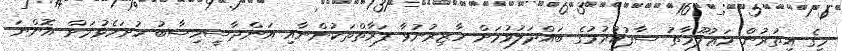
މީގެ އިތުރުން މަޢުލޫމާތު ސާފުކުރުމުގެ ބައްދަލުވުމަށް ހާޒިރުނުވާ ފަރާތްތަކުންނާއި އަންދާސީހިސާބު ހުށަހެޅުމަށް އޮންނަ